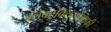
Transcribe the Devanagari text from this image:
इलेक्ट्रोक्युलोग्राफी